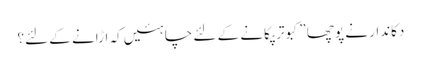
دکاندار نے پوچھا ”کبوتر پکانے کے لئے چاہئیں کہ اڑانے کے لئے؟